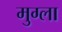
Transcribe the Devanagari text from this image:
मुग्ला